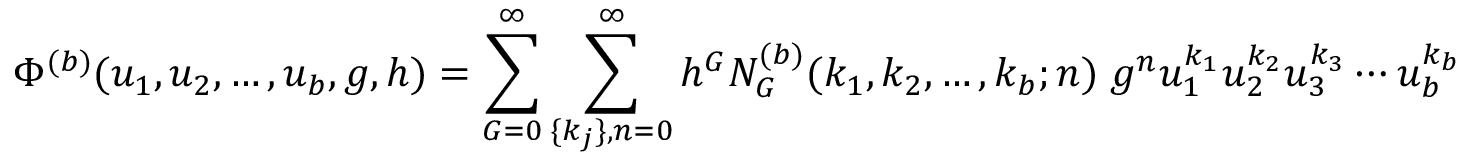
\Phi ^ { ( b ) } ( u _ { 1 } , u _ { 2 } , \ldots , u _ { b } , g , h ) = \sum _ { G = 0 } ^ { \infty } \sum _ { \{ k _ { j } \} , n = 0 } ^ { \infty } h ^ { G } { \cal N } _ { G } ^ { ( b ) } ( k _ { 1 } , k _ { 2 } , \ldots , k _ { b } ; n ) \; g ^ { n } u _ { 1 } ^ { k _ { 1 } } u _ { 2 } ^ { k _ { 2 } } u _ { 3 } ^ { k _ { 3 } } \cdots u _ { b } ^ { k _ { b } }